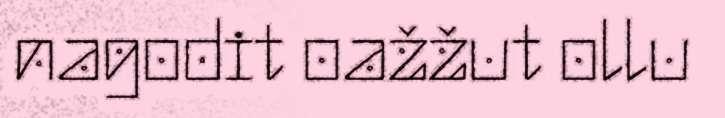
nagodit oažžut ollu